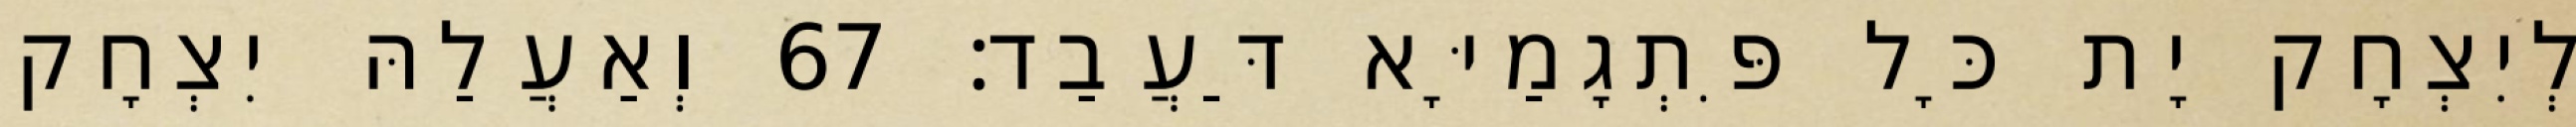
לְיִצְחָק יָת כָּל פִּתְגָמַיָּא דַּעֲבַד׃ 67 וְאַעֲלַהּ יִצְחָק